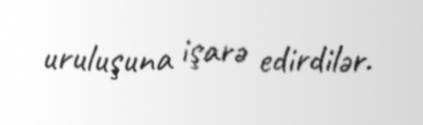
uruluşuna işarə edirdilər.